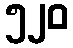
၅၂၀